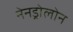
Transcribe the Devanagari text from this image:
नेनड्रोलोन